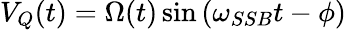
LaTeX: V_{Q}(t)=\Omega(t)\sin\left(\omega_{SSB}t-\phi\right)